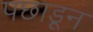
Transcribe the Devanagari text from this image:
पछाडून